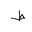
Letter: _da